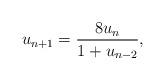
LaTeX: \begin{align*}u_{n+1}=\frac{8 u_n}{1+u_{n-2}},\end{align*}